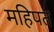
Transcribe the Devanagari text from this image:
महिपत